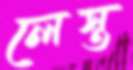
লেস্ত